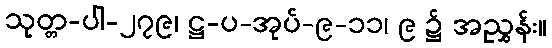
သုတ္တ-ပါ-၂၇၉၊ ဋ္ဌ-ပ-အုပ်-၉-၁၁၊ ၉ ၌ အညွှန်း။